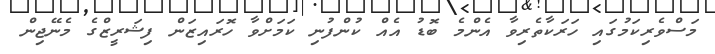
މަސްވެރިކަމުގައި ހަރަކާތެރިވާ އެންމެ ބޮޑު އެއް ކުންފުނި ކަމަށްވާ ހޮރައިޒަން ފިޝަރީޒްގެ މެނޭޖިން